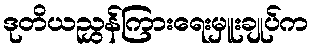
ဒုတိယညွှန်ကြားရေးမှူးချုပ်က